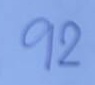
92